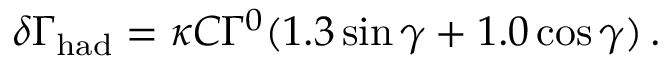
\delta \Gamma _ { \mathrm { h a d } } = \kappa C \Gamma ^ { 0 } ( 1 . 3 \sin \gamma + 1 . 0 \cos \gamma ) \, .